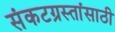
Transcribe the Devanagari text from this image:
संकटग्रस्तांसाठी